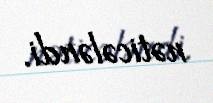
nəticələndi.